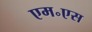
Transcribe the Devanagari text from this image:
एम॰एस